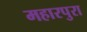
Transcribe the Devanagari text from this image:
महारपुरा